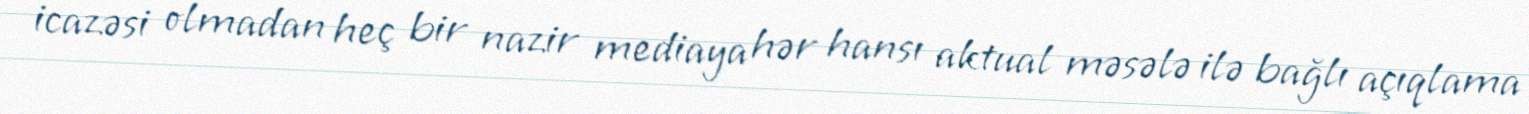
icazəsi olmadan heç bir nazir mediaya hər hansı aktual məsələ ilə bağlı açıqlama